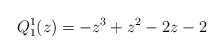
\begin{gather*} Q_{1}^{1}(z)=-z^{3}+z^{2}-2z-2\end{gather*}